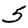
Digit: 5